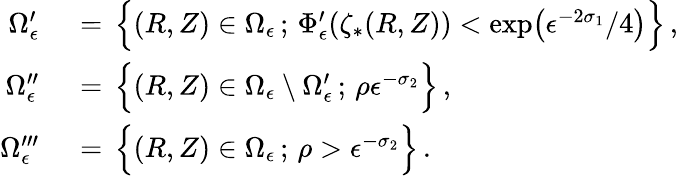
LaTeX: \begin{array}{rl}{\Omega_{\epsilon}^{\prime}\, }&{{}=\, \Bigl\{ (R,Z)\in\Omega_{\epsilon}\, ;\, \Phi_{\epsilon}^{\prime}(\zeta_{*}(R,Z))<\exp\bigl(\epsilon^{-2\sigma_{1}}/4\bigr)\Bigr\} \, ,}\\ {\Omega_{\epsilon}^{\prime\prime}\, }&{{}=\, \Bigl\{ (R,Z)\in\Omega_{\epsilon}\setminus\Omega_{\epsilon}^{\prime}\, ;\, \rho\le\epsilon^{-\sigma_{2}}\Bigr\} \, ,}\\ {\Omega_{\epsilon}^{\prime\prime\prime}\, }&{{}=\, \Bigl\{ (R,Z)\in\Omega_{\epsilon}\, ;\, \rho>\epsilon^{-\sigma_{2}}\Bigr\} \, .}\end{array}